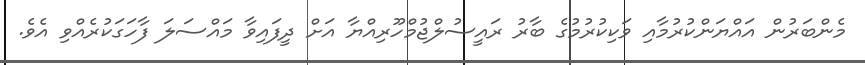
މެންބަރުން އައްޔަންކުރުމާއި ވަކިކުރުމުގެ ބާރު ރައީސުލްޖުމްހޫރިއްޔާ އަށް ދީފައިވާ މައްސަލަ ފާހަގަކުރެއްވި އެވެ.